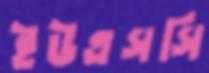
ইউএসসি